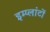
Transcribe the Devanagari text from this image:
इम्प्लांटों